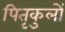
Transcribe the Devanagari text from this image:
पितृकुलों